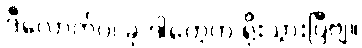
ဒီလောက်ပဲ၊ ခု ဒါတွေက ရိုးသွားပြီဗျ။